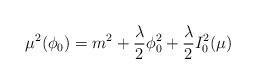
LaTeX: \begin{align*}\mu^2(\phi_0)= m^2+ {{\lambda}\over 2} \phi_0^2 + {{\lambda}\over 2} I_0^2(\mu)\end{align*}